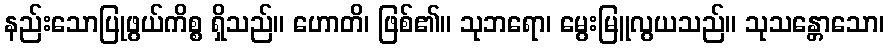
နည်းသောပြုဖွယ်ကိစ္စ ရှိသည်။ ဟောတိ၊ ဖြစ်၏။ သုဘရော၊ မွေးမြူလွယသည်။ သုသန္တောသော၊